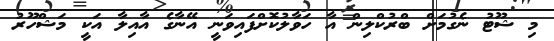
މި ޝޫޓު ނެގުމަށް ބްރުކްލިން އާ ހަވާލުކޮށްފައިވަނީ އޭނާގެ އާއިލާ އަކީ މަޝްހޫރު